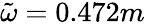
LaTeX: \tilde{\omega}=0.472m